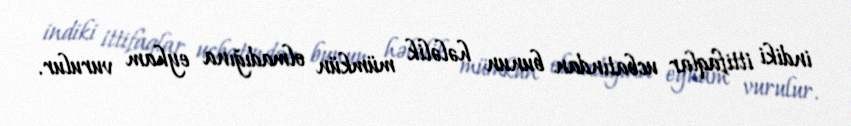
indiki ittifaqlar ucbatından bunun hələlik mümkün olmadığına eyham vurulur.